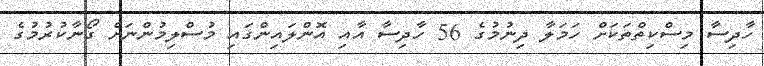
ހާދިސާ މިސްކިތްތަކަށް ހަމަލާ ދިނުމުގެ 56 ހާދިސާ އާއި އޮންލައިންގައި މުސްލިމުންނަށް ގޯނާކުރުމުގެ